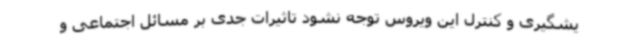
یشگیری و کنترل این ویروس توجه نشود تاثیرات جدی‌ بر مسائل اجتماعی و